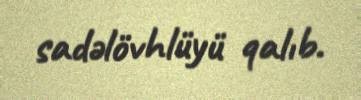
sadəlövhlüyü qalıb.